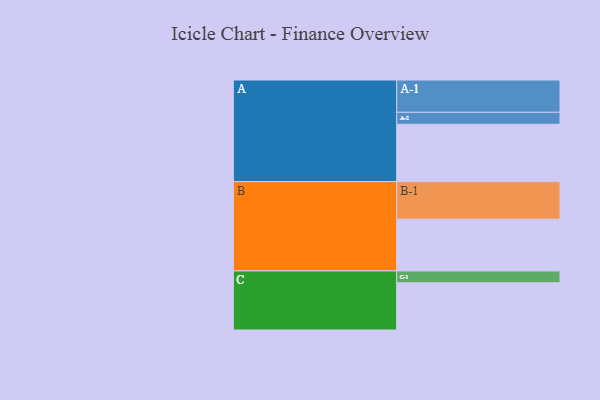
{"axis": {"x": "Segment", "y": "Value"}, "legend": ["", "A", "B", "C"], "data": [{"x": "A", "y": 430, "type": ""}, {"x": "B", "y": 388, "type": ""}, {"x": "C", "y": 354, "type": ""}, {"x": "A-1", "y": 242, "type": "A"}, {"x": "A-2", "y": 90, "type": "A"}, {"x": "B-1", "y": 282, "type": "B"}, {"x": "C-1", "y": 89, "type": "C"}]}